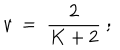
v { } ~ = { } ~ { \frac { 2 } { K + 2 } } { } ~ ;